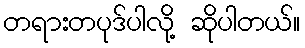
တရားတပုဒ်ပါလို့ ဆိုပါတယ်။